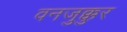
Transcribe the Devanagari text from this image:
वनजुक्कुर